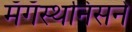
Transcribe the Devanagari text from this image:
मॅगॅस्थनिसने